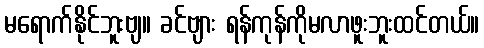
မရောက်နိုင်ဘူးဗျ။ ခင်ဗျား ရန်ကုန်ကိုမလာဖူးဘူးထင်တယ်။